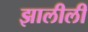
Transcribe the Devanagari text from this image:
झालीली